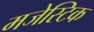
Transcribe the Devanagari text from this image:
मजेस्टिक